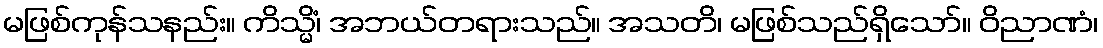
မဖြစ်ကုန်သနည်း။ ကိသ္မိံ၊ အဘယ်တရားသည်။ အသတိ၊ မဖြစ်သည်ရှိသော်။ ဝိညာဏံ၊